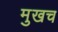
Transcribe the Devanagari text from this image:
मुखच